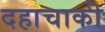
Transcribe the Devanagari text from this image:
दहाचाकी